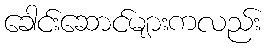
ခေါင်းဆောင်များကလည်း